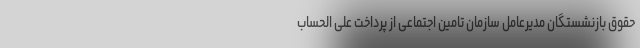
حقوق بازنشستگان مدیرعامل سازمان تامین اجتماعی از پرداخت علی الحساب